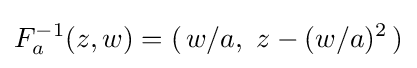
F_{a}^{-1}(z,w)=(\,w/a,\ z-(w/a)^{2}\,)